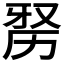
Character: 𭄮